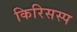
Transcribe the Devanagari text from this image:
किरिसस्प